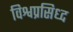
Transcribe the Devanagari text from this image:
विश्वप्रसिध्द